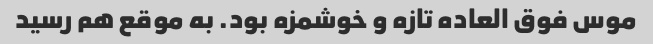
موس فوق العاده تازه و خوشمزه بود. به موقع هم رسید